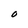
Character: O